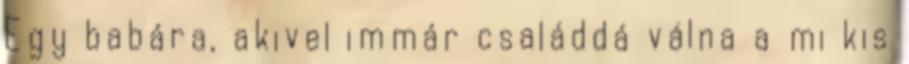
Egy babára, akivel immár családdá válna a mi kis